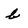
Character: b